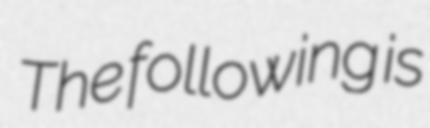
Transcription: The following is